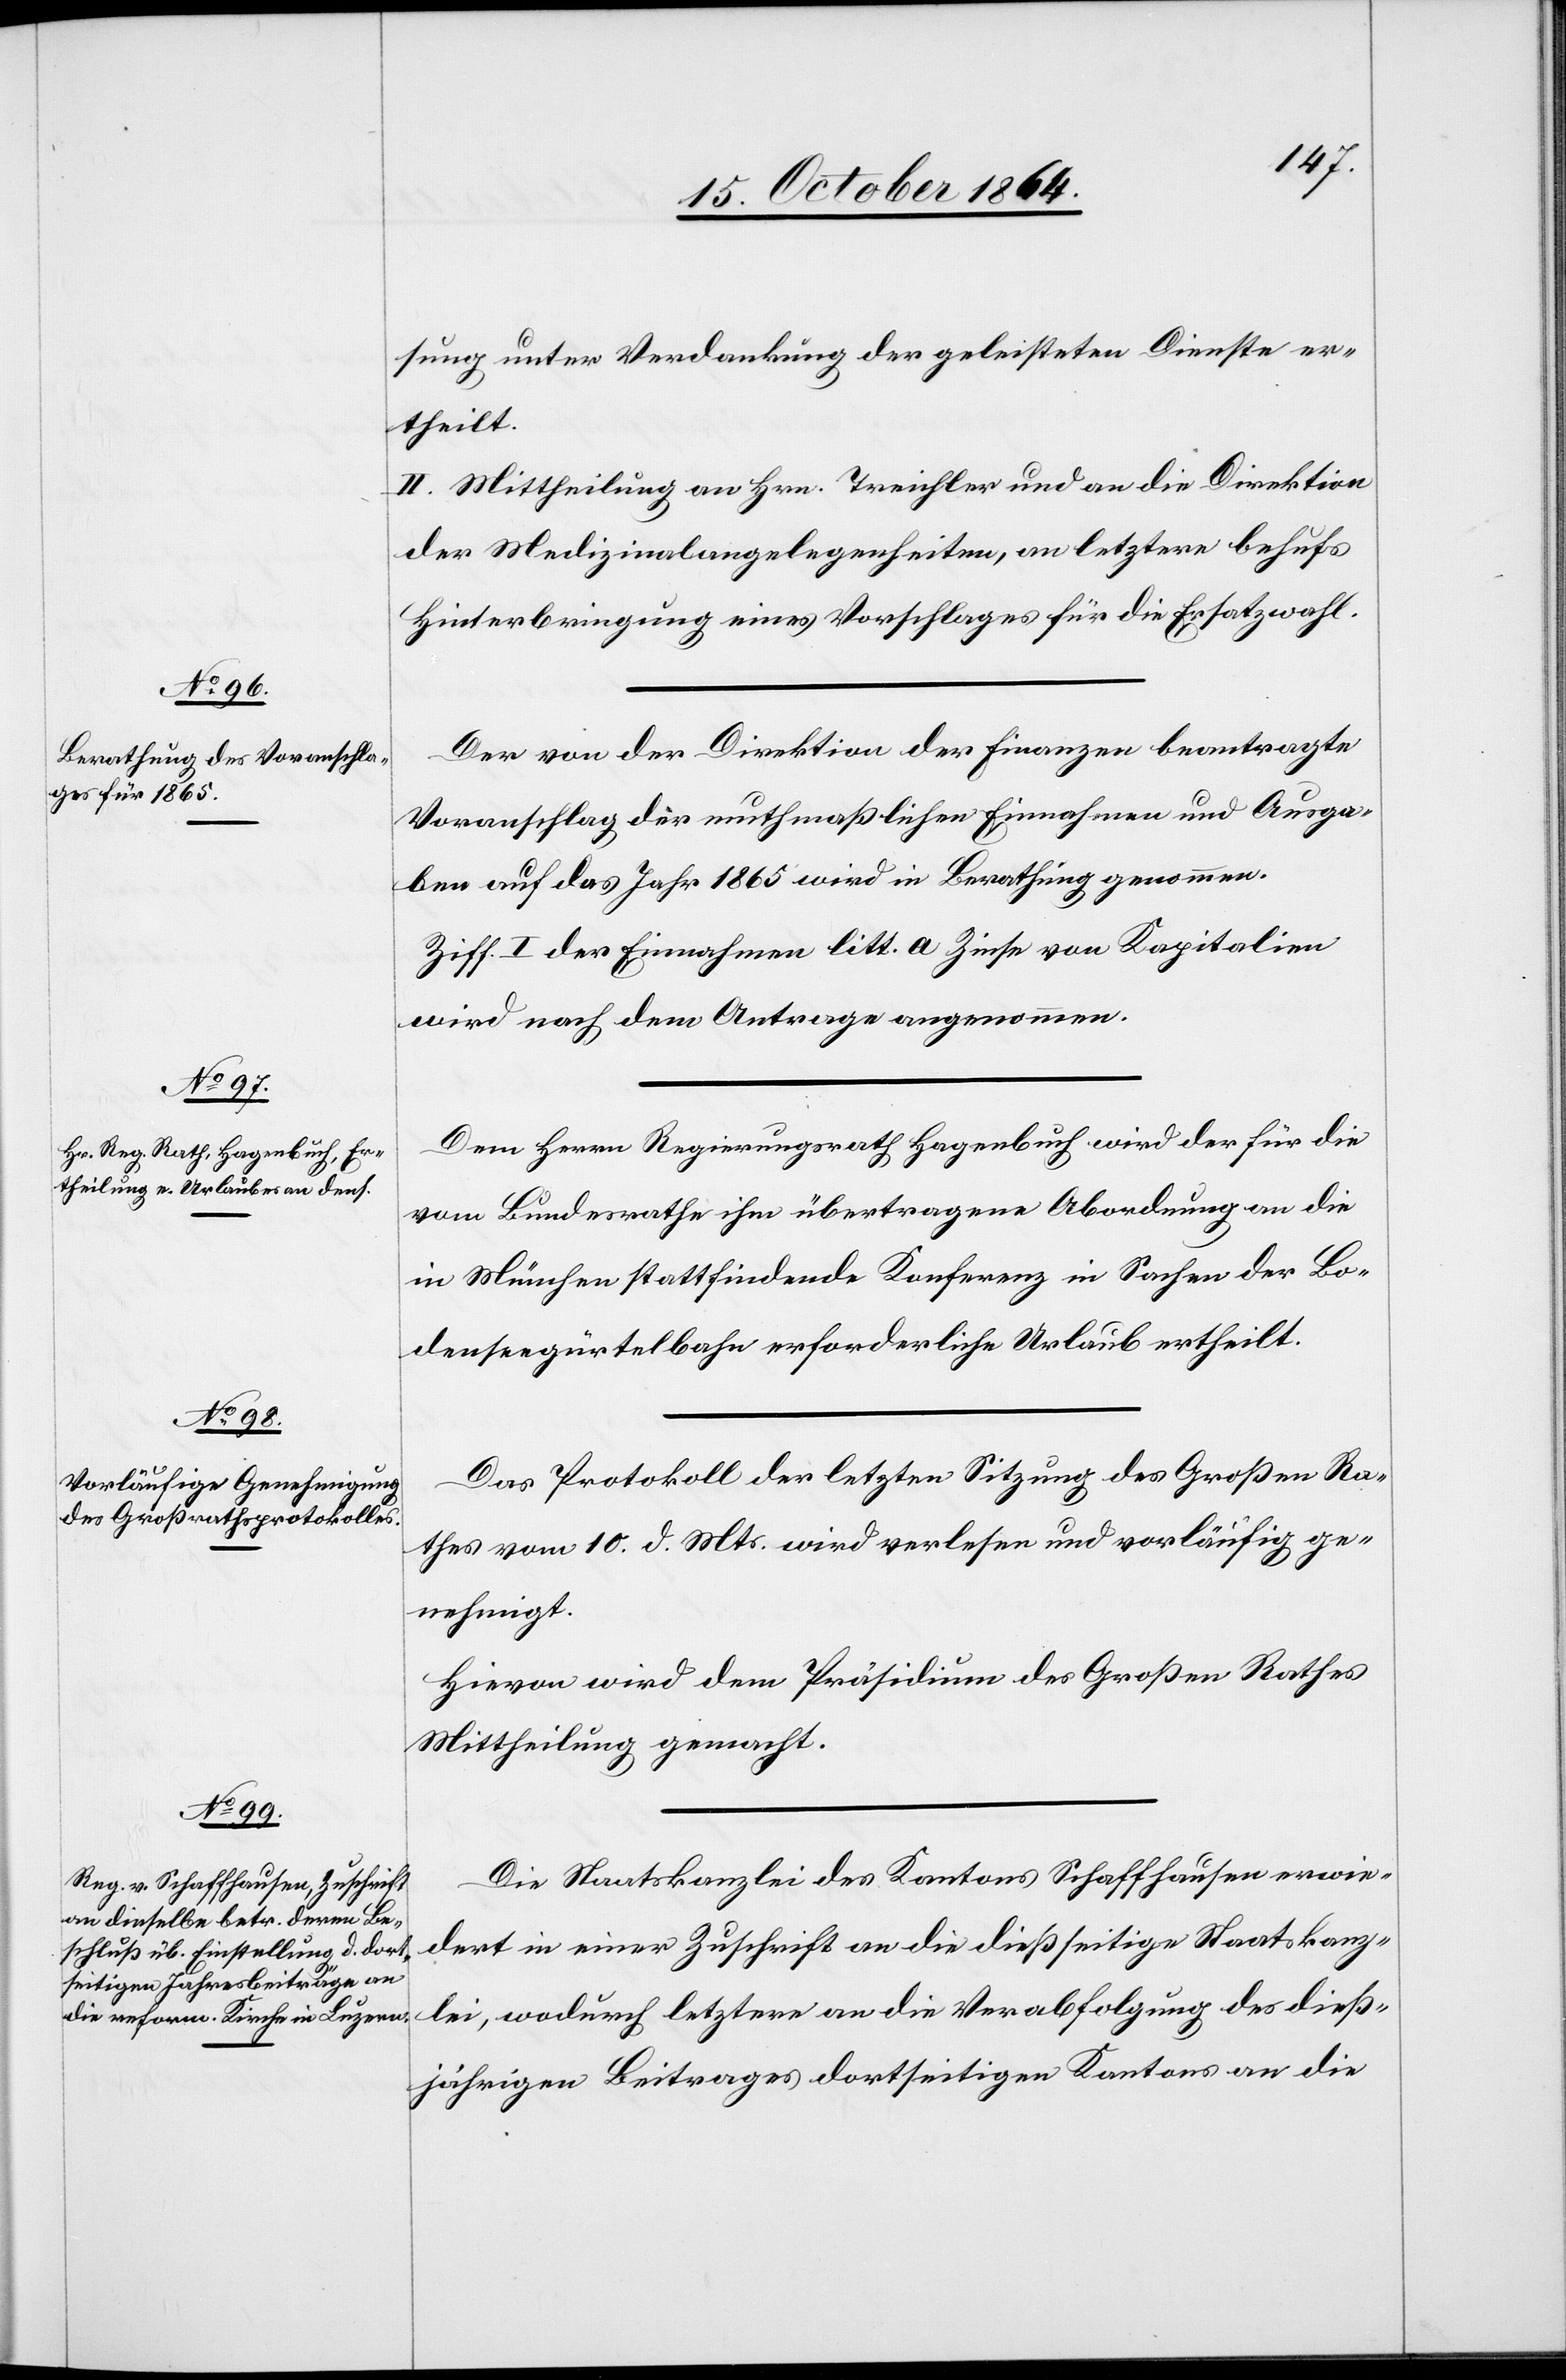
sung unter Verdankung der geleisteten Dienste er¬
theilt.
II. Mittheilung an Hrn. Treichler und an die Direktion
der Medizinalangelegenheiten, an letztere behufs
Hinterbringung eines Vorschlages für die Ersatzwahl.
Der von der Direktion der Finanzen beantragte
Voranschlag der muthmaßlichen Einnahmen und Ausga¬
ben auf das Jahr 1865 wird in Berathung genommen.
Ziff. I der Einnahmen litt. a Zinse von Kapitalien
wird nach dem Antrage angenommen.
Dem Herrn Regierungsrath Hagenbuch wird der für die
vom Bundesrath ihm übertragene Abordnung an die
in München stattfindende Konferenz in Sachen der Bo¬
denseegürtelbahn erforderliche Urlaub ertheilt.
Das Protokoll der letzten Sitzung des Großen Ra¬
thes vom 10. d. Mts. wird verlesen und vorläufig ge¬
nehmigt.
Hievon wird dem Präsidium des Großen Rathes
Mittheilung gemacht.
Die Staatskanzlei des Kantons Schaffhausen erwie¬
dert in einer Zuschrift an die dießseitige Staatskanz¬
lei, wodurch letztere an die Verabfolgung des dieß¬
jährigen Beitrages dortseitigen Kantons an die